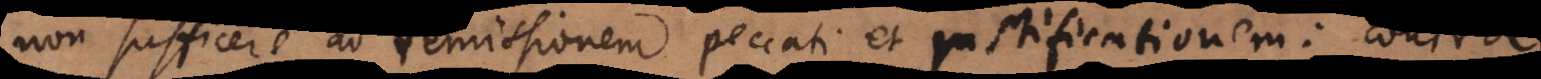
non sufficere ad remissionem peccati et justificationem: contra